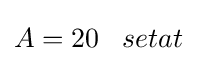
A=20\;\;\;setat